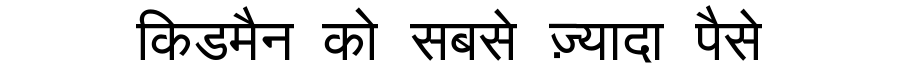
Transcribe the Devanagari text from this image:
किडमैन को सबसे ज़्यादा पैसे